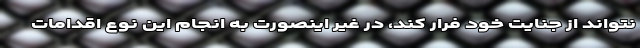
نتواند از جنایت خود فرار کند، در غیر اینصورت به انجام این نوع اقدامات